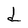
Character: d